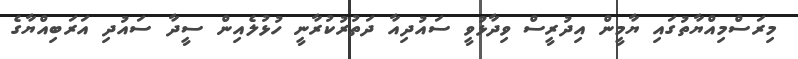
މިރަސްމިއްޔާތުގައި ޔާމީން އިދުރީސް ވިދާޅުވީ ސައުދިއާ ދަތުރުކުރާނީ ހުޅުލެއިން ސީދާ ސައުދި އަރަބިއްޔާގެ